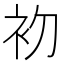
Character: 𭃨